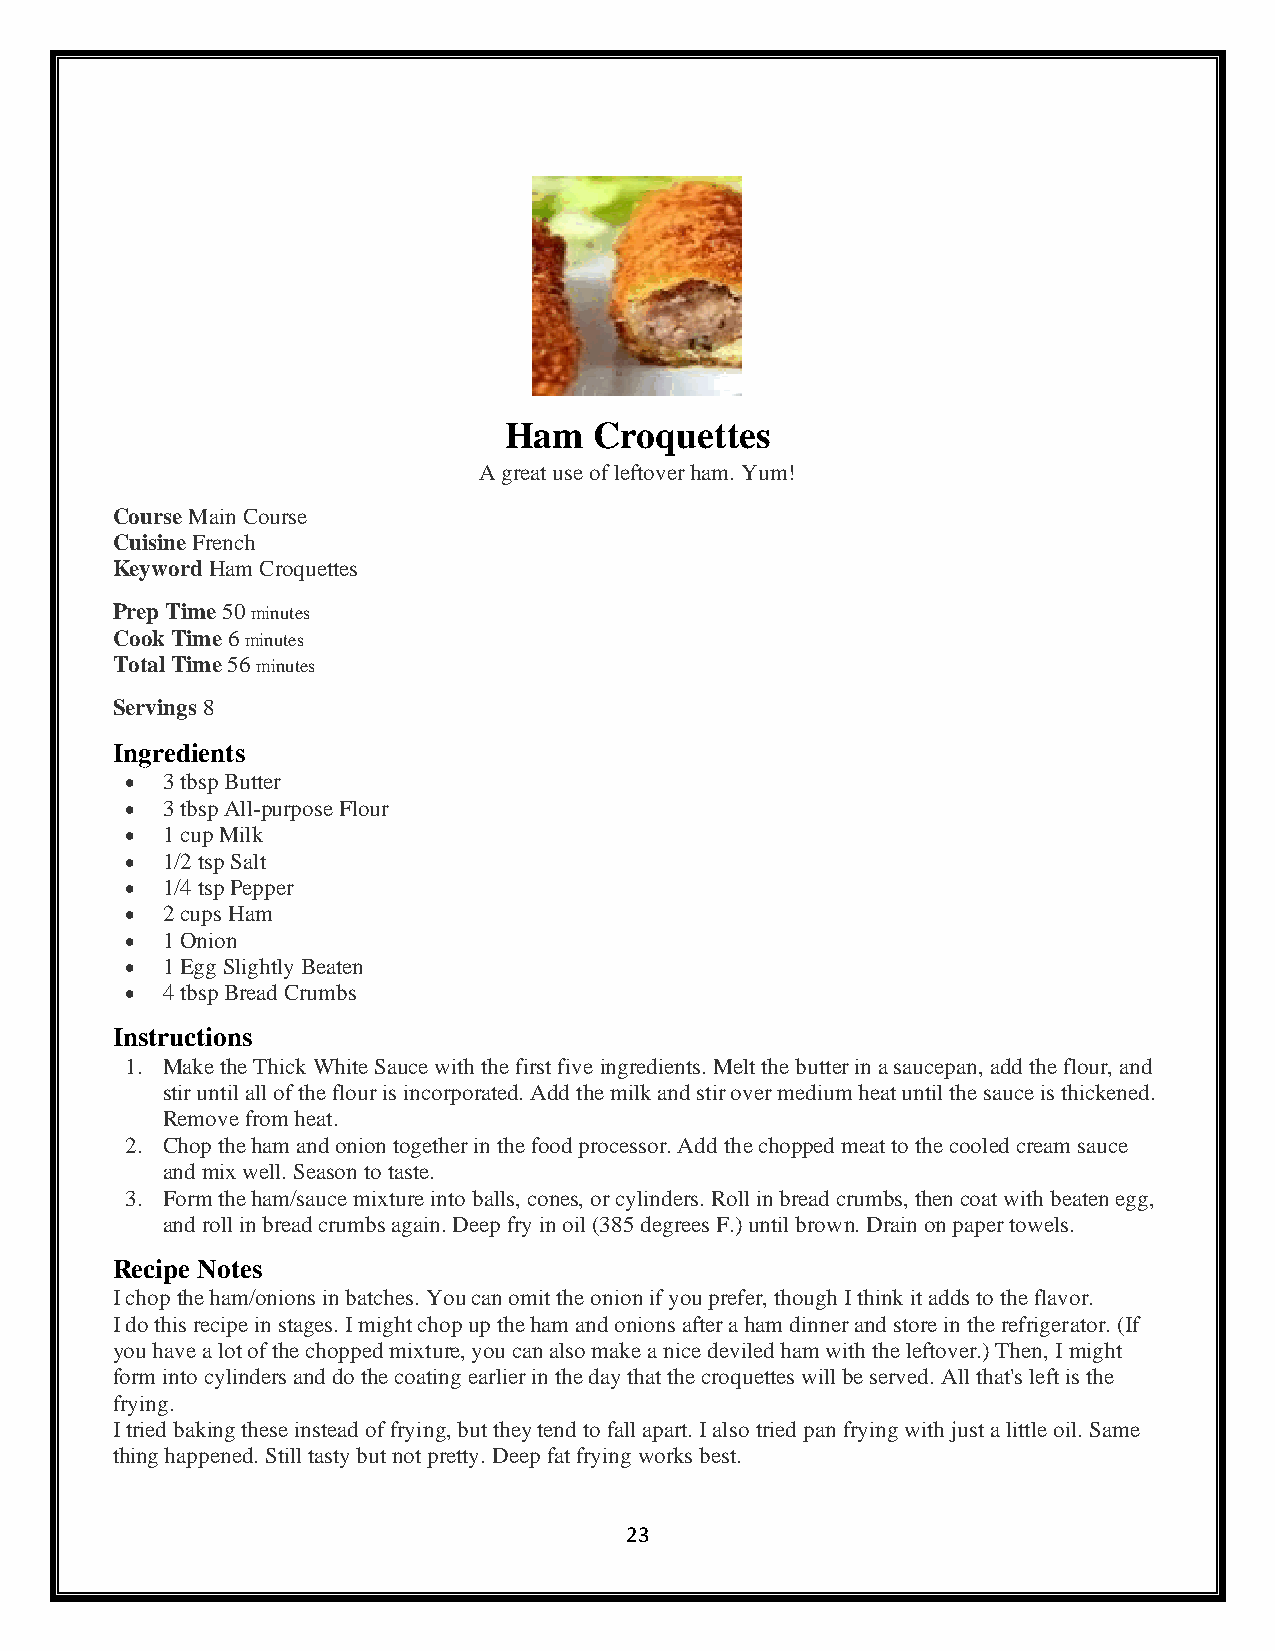
Ham   Croquettes
 A great use of leftover ham. Yum!
 Course Main Course
 Cuisine French
 Keyword Ham Croquettes
 Prep Time 50 minutes
 Cook Time 6 minutes
 Total Time 56 minutes
 Servings 8
 Ingredients
 •  3 tbsp Butter
 •  3 tbsp All-purpose Flour
 •  1 cup Milk
 •  1/2 tsp Salt
 •  1/4 tsp Pepper
 •  2 cups Ham
 •  1 Onion
 •  1 Egg Slightly Beaten
 •  4 tbsp Bread Crumbs
 Instructions
 1. Make the Thick White Sauce with the first five ingredients. Melt the butter in a saucepan, add the flour, and
 stir until all of the flour is incorporated. Add the milk and stir over medium heat until the sauce is thickened.
 Remove from heat.
 2. Chop the ham and onion together in the food processor. Add the chopped meat to the cooled cream sauce
 and mix well. Season to taste.
 3. Form the ham/sauce mixture into balls, cones, or cylinders. Roll in bread crumbs, then coat with beaten egg,
 and roll in bread crumbs again. Deep fry in oil (385 degrees F.) until brown. Drain on paper towels.
 Recipe Notes
 I chop the ham/onions in batches. You can omit the onion if you prefer, though I think it adds to the flavor.
 I do this recipe in stages. I might chop up the ham and onions after a ham dinner and store in the refrigerator. (If
 you have a lot of the chopped mixture, you can also make a nice deviled ham with the leftover.) Then, I might
 form into cylinders and do the coating earlier in the day that the croquettes will be served. All that's left is the
 frying.
 I tried baking these instead of frying, but they tend to fall apart. I also tried pan frying with just a little oil. Same
 thing happened. Still tasty but not pretty. Deep fat frying works best.
 23